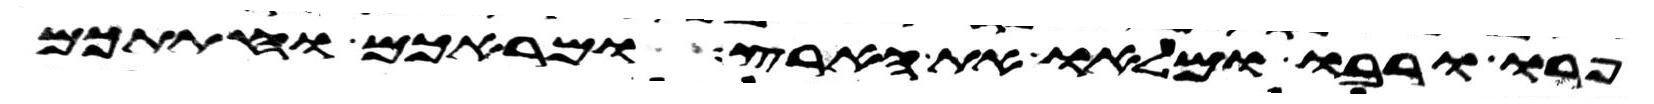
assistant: פרו ורבו ומלאו את הארץ ומראכם וחתתכם